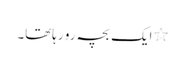
٭ایک بچہ رو رہاتھا۔